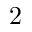
2